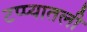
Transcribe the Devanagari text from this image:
टप्प्यातली